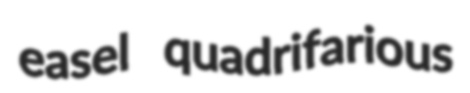
easel quadrifarious